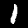
Digit: 1